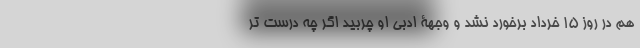
هم در روز 15 خرداد برخورد نشد و وجهۀ ادبی او چربید اگر چه درست تر